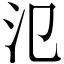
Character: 氾